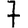
Digit: 7